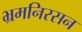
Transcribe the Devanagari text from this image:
भ्रमनिरसन